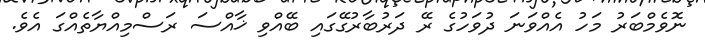
ނޮވެމްބަރު މަހު އެއްވަނަ ދުވަހުގެ ރޭ ދަރުބާރުގޭގައި ބޭއްވި ޚާއްސަ ރަސްމިއްޔާތެއްގަ އެވެ.